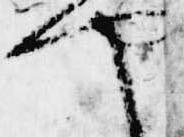
や